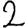
Digit: 2